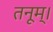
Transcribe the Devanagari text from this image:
तनूम्।